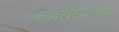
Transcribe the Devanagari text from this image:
कर्जरोख्यांचा